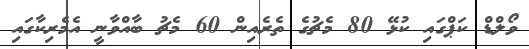
ވޯލްޑް ކަޕްގައި ކުޅޭ 80 މެޗުގެ ތެރެއިން 60 މެޗު ބާއްވާނީ އެމެރިކާގައި